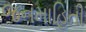
જનમાહિતી